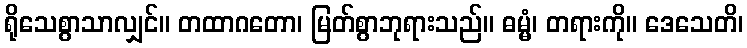
ရိုသေစွာသာလျှင်။ တထာဂတော၊ မြတ်စွာဘုရားသည်။ ဓမ္မံ၊ တရားကို။ ဒေသေတိ၊